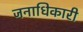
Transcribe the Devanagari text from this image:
जनाधिकारी